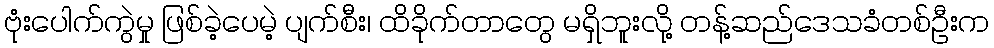
ဗုံးပေါက်ကွဲမှု ဖြစ်ခဲ့ပေမဲ့ ပျက်စီး၊ ထိခိုက်တာတွေ မရှိဘူးလို့ တန့်ဆည်ဒေသခံတစ်ဦးက